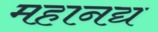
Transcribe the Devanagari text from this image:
महानद्य